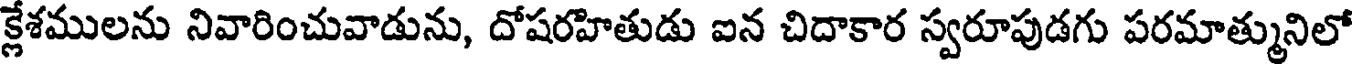
క్లేశములను నివారించువాడును, దోషరహితుడు ఐన చిదాకార స్వరూపుడగు పరమాత్మునిలో